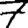
Digit: 7